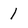
Character: I